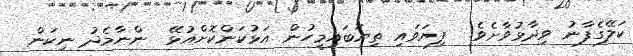
ކަލޭގެފާނު ވިދާޅުވާށެވެ!  ފިޔަވައި ތިޔަބައިމީހުން އަޅުކަންކޮށްއުޅޭ  ންނާމެދު ނިކަން